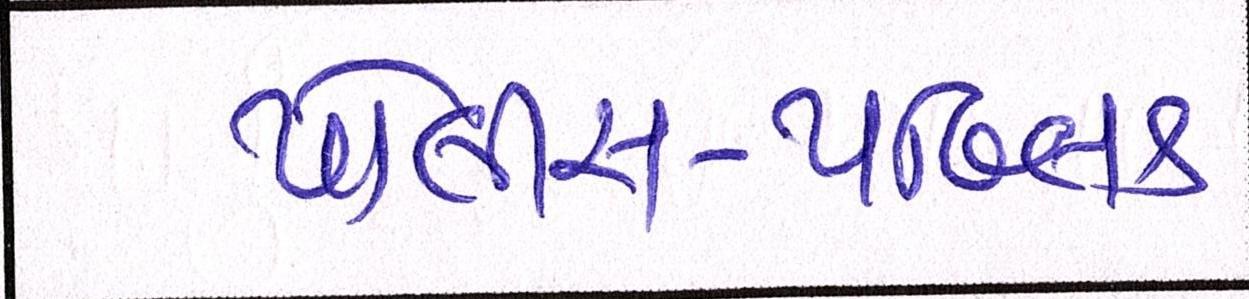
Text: પોલીસ-પબ્લિક